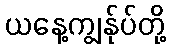
ယနေ့ကျွန်ုပ်တို့